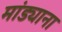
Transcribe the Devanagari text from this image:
मांड्याना